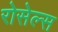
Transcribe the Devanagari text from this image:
रोसेल्स